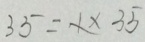
3 5 = x \times 3 5